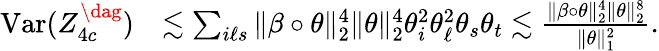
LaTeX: \begin{array}{rl}{\mathrm{Var}(Z_{4c}^{\dag})}&{\lesssim\sum_{i\ell s}\| \beta\circ\theta\| _{2}^{4}\| \theta\| _{2}^{4}\theta_{i}^{2}\theta_{\ell}^{2}\theta_{s}\theta_{t}\lesssim\frac{\| \beta\circ\theta\| _{2}^{4}\| \theta\| _{2}^{8}}{\| \theta\| _{1}^{2}}.}\end{array}